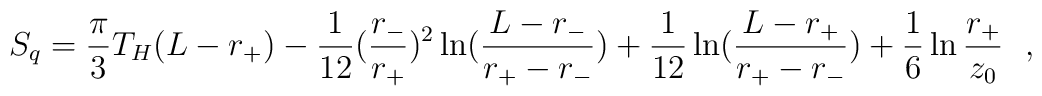
S_q={\pi\over 3}T_H(L-r_+)-{1\over 12}({r_-\over r_+})^2\ln ({L-r_-\over  r_+ -r_-})+{1\over 12}\ln ({L-r_+\over r_+ -r_-})+{1\over 6}  \ln {r_+ \over z_0}~~,